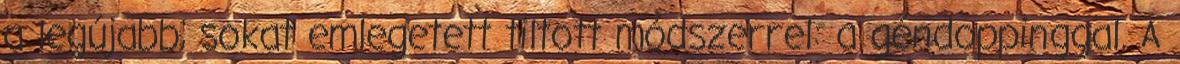
a legújabb, sokat emlegetett tiltott módszerrel: a géndoppinggal. A